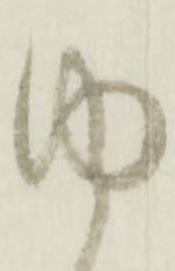
内